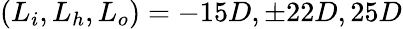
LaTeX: (L_{i},L_{h},L_{o})=-15D,\pm 22D,25D